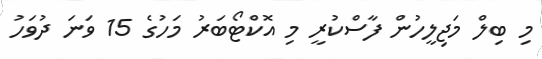
މި ބިލް މަޖިލީހުން ފާސްކުރީ މި އޮކްޓޯބަރު މަހުގެ 15 ވަނަ ދުވަހު